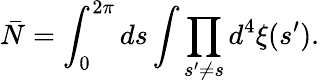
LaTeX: {\bar{N}}=\int_{0}^{2\pi}ds\int\prod_{s^{\prime}\neq s}d^{4}\xi(s^{\prime}).